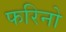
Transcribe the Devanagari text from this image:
फरिनो